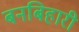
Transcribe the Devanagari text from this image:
बनबिहारी